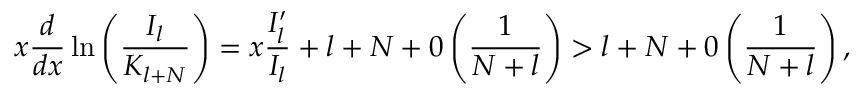
x \displaystyle \frac { d } { d x } \ln \left( \displaystyle \frac { I _ { l } } { K _ { l + N } } \right) = x \displaystyle \frac { I _ { l } ^ { \prime } } { I _ { l } } + l + N + 0 \left( \displaystyle \frac { 1 } { N + l } \right) > l + N + 0 \left( \displaystyle \frac { 1 } { N + l } \right) ,